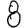
Digit: 8